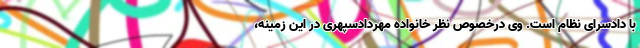
با دادسرای نظام است. وی درخصوص نظر خانواده مهردادسپهری در این زمینه،